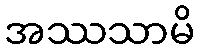
အဿသာမိ